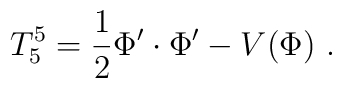
T_5^5 =  {1\over 2} \Phi'\cdot \Phi' - V(\Phi)~.